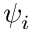
\psi _ { i }